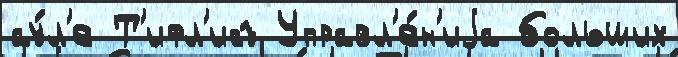
ау́л'е Т'ифл'исъ Управл'е́н'иjа больших